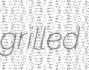
grilled